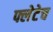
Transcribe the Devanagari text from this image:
फ्लेटेच